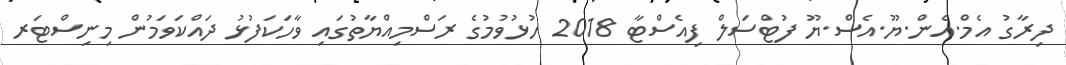
ދިރާގު އެމް.އެން.ޔޫ.އެސް.ޔޫ ފުޓްސަލް ފިއެސްޓާ 2018 ހުޅުވުމުގެ ރަސްމިއްޔާތުގައި ވާހަކަފުޅު ދައްކަވަމުން މިނިސްޓަރ